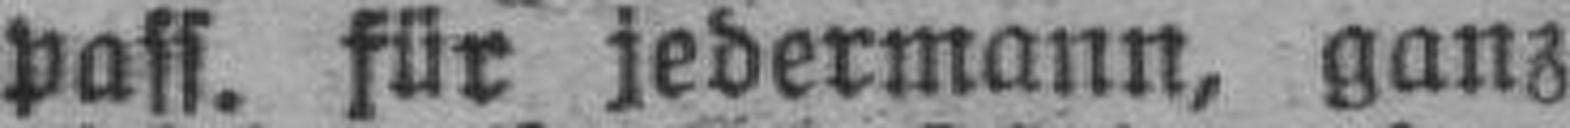
pass. für jedermann, ganz